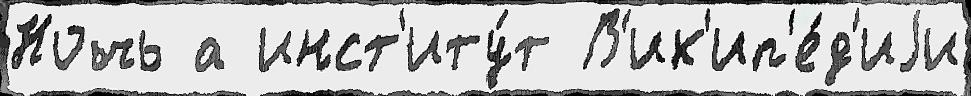
Ночь а инст'иту́т В'ик'ип'е́д'иjи